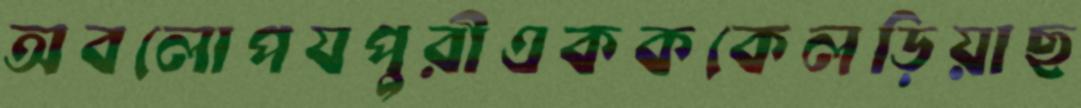
অবলোপযপুরীএকককেলড়িয়াছ